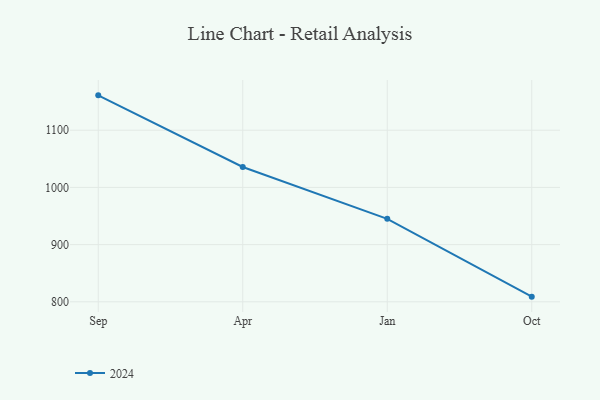
{"axis": {"x": "Month", "y": "Temperature (°C)"}, "legend": ["2024"], "data": [{"x": "Sep", "y": 1161.0, "type": "2024"}, {"x": "Apr", "y": 1035.7, "type": "2024"}, {"x": "Jan", "y": 945.1, "type": "2024"}, {"x": "Oct", "y": 809.0, "type": "2024"}]}